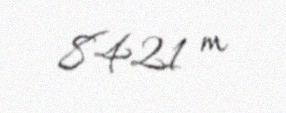
8421 m